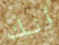
أنك